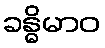
ခန္ဓိမာဝ